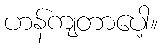
ဟန်ကျတာပေါ့။